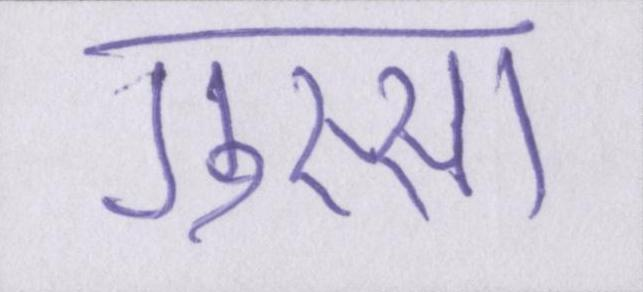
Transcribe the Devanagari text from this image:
गुस्सा